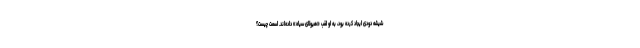
شیشه دودی ایجاد کرده بود، به او لقب «هیولای سیاه» داده‌اند. اسمت چیست؟